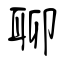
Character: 聊